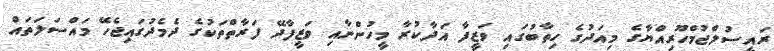
ރައީސުލްޖުމްހޫރިއްޔާގެ މިއަދުގެ ހިތާބުގައި ވަޒީފާ އަދާކުރާ މީހުންނާއި ވަޒީފާދޭ ފަރާތްތަކުގެ ދެމެދުގައިޖެހޭ މައްސަލަތައް